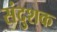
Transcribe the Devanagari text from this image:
संदुशक